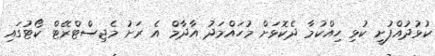
ކުޅުދުއްފުށީ ކުޅި ހިއްކުމާ ދެކޮޅަށް މުހައްމަދު އާދާމް އެ ރަށު މެޖިސްޓްރޭޓް ކޯޓުގައި